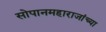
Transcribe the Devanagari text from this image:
सोपानमहाराजांच्या